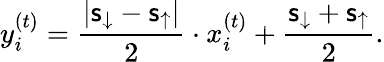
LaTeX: y_{i}^{(t)}=\frac{|\mathsf{s}_{\downarrow}-\mathsf{s}_{\uparrow}|}{2}\cdot x_{i}^{(t)}+\frac{\mathsf{s}_{\downarrow}+\mathsf{s}_{\uparrow}}{2}.